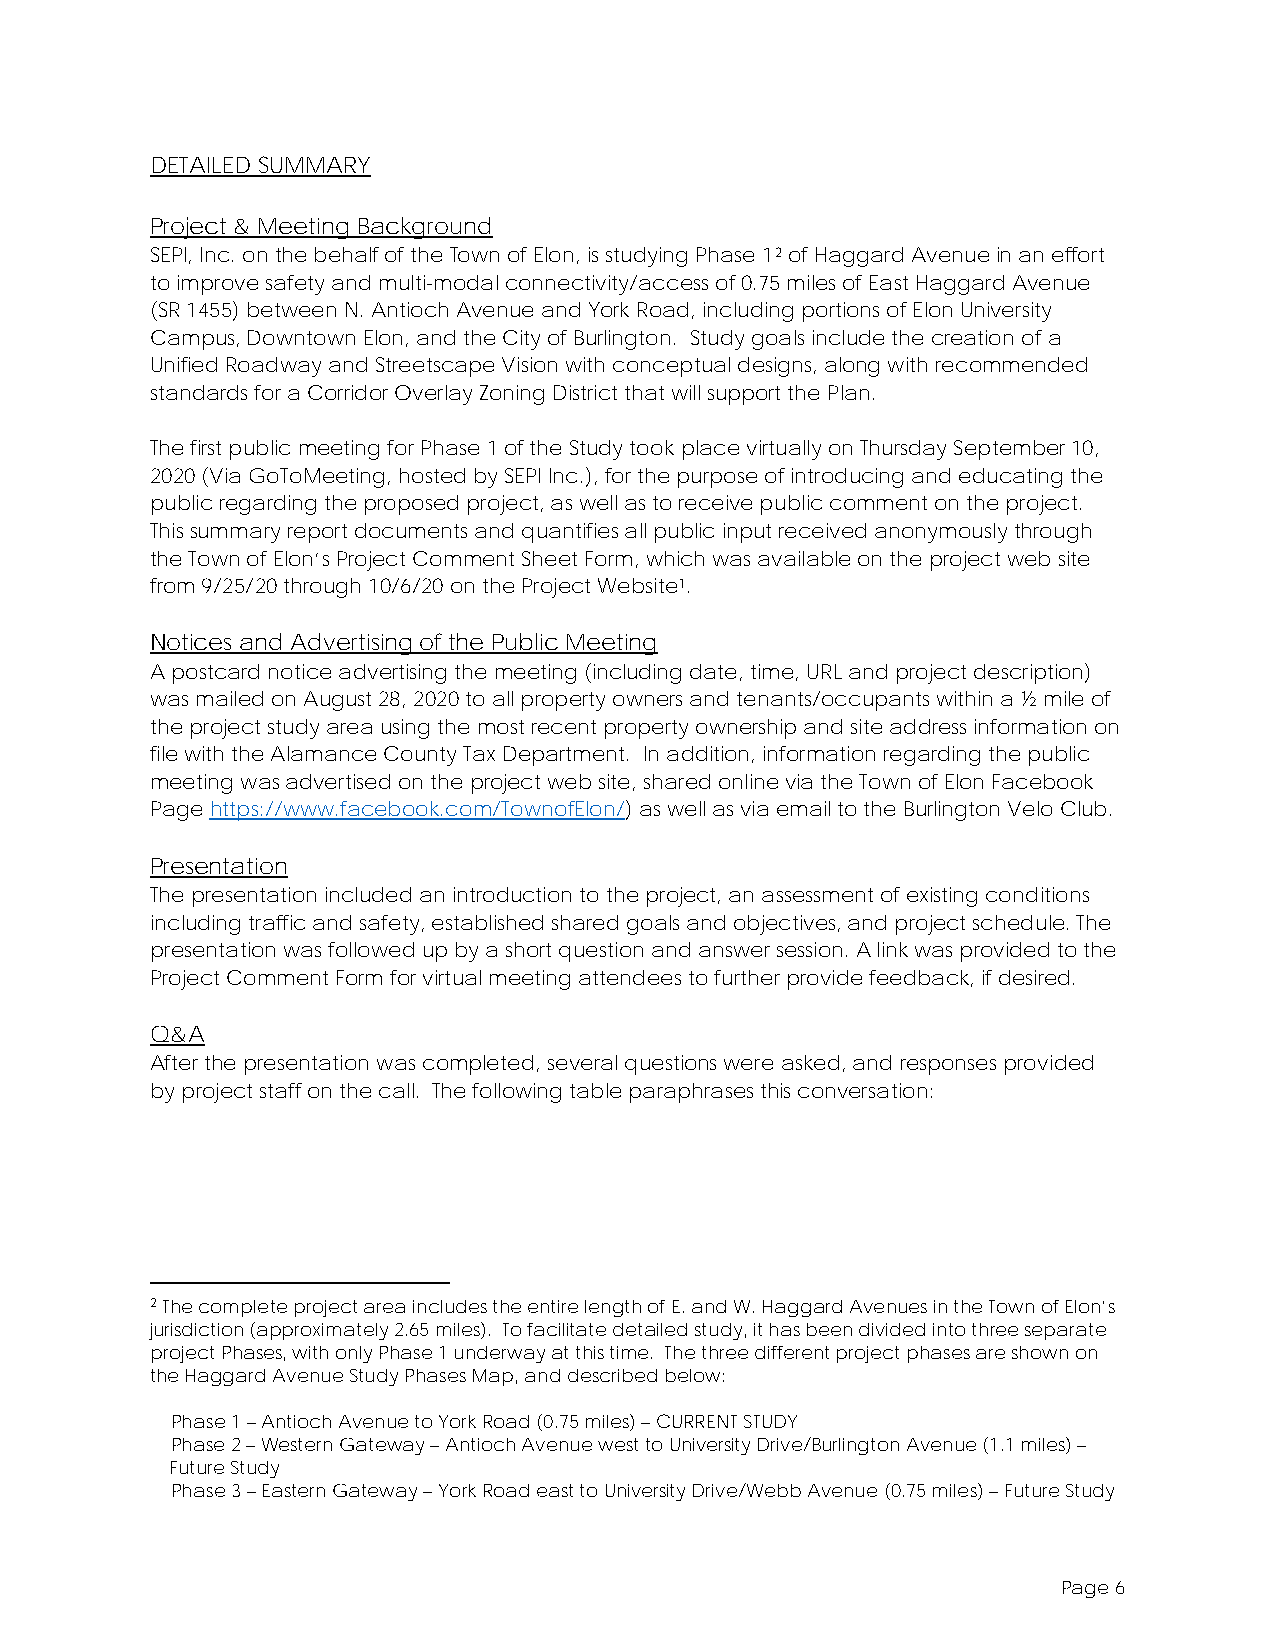
DETAILED SUMMARY
 Project & Meeting Background
 SEPI, Inc. on the behalf of the Town of Elon, is studying Phase 12 of Haggard Avenue in an effort
 to improve safety and multi-modal connectivity/access of 0.75 miles of East Haggard Avenue
 (SR 1455) between N. Antioch Avenue and York Road, including portions of Elon University
 Campus, Downtown Elon, and the City of Burlington. Study goals include the creation of a
 Unified Roadway and Streetscape Vision with conceptual designs, along with recommended
 standards for a Corridor Overlay Zoning District that will support the Plan.
 The first public meeting for Phase 1 of the Study took place virtually on Thursday September 10,
 2020 (Via GoToMeeting, hosted by SEPI Inc.), for the purpose of introducing and educating the
 public regarding the proposed project, as well as to receive public comment on the project.
 This summary report documents and quantifies all public input received anonymously through
 the Town of Elon’s Project Comment Sheet Form, which was available on the project web site
 from 9/25/20 through 10/6/20 on the Project Website1.
 Notices and Advertising of the Public Meeting
 A postcard notice advertising the meeting (including date, time, URL and project description)
 was mailed on August 28, 2020 to all property owners and tenants/occupants within a ½ mile of
 the project study area using the most recent property ownership and site address information on
 file with the Alamance County Tax Department. In addition, information regarding the public
 meeting was advertised on the project web site, shared online via the Town of Elon Facebook
 Page https://www.facebook.com/TownofElon/) as well as via email to the Burlington Velo Club.
 Presentation
 The presentation included an introduction to the project, an assessment of existing conditions
 including traffic and safety, established shared goals and objectives, and project schedule. The
 presentation was followed up by a short question and answer session. A link was provided to the
 Project Comment Form for virtual meeting attendees to further provide feedback, if desired.
 Q&A
 After the presentation was completed, several questions were asked, and responses provided
 by project staff on the call. The following table paraphrases this conversation:
 2 The complete project area includes the entire length of E. and W. Haggard Avenues in the Town of Elon’s
 jurisdiction (approximately 2.65 miles). To facilitate detailed study, it has been divided into three separate
 project Phases, with only Phase 1 underway at this time. The three different project phases are shown on
 the Haggard Avenue Study Phases Map, and described below:
 Phase 1 – Antioch Avenue to York Road (0.75 miles) – CURRENT STUDY
 Phase 2 – Western Gateway – Antioch Avenue west to University Drive/Burlington Avenue (1.1 miles) –
 Future Study
 Phase 3 – Eastern Gateway – York Road east to University Drive/Webb Avenue (0.75 miles) – Future Study
 Page 6